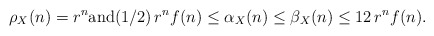
\begin{align*}\rho_X(n) = r^n {\rm and} (1/2)\, r^n f(n) \leq \alpha_X(n) \leq \beta_X(n) \leq 12\, r^n f(n). \end{align*}